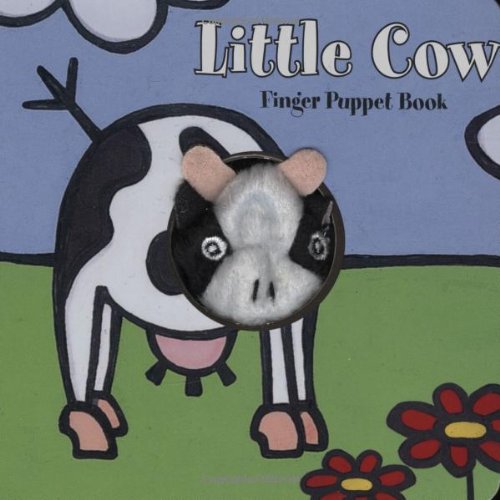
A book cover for Little Cow: Finger Puppet Book (Little Finger Puppet Board Books); Chronicle Books; Children's Books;